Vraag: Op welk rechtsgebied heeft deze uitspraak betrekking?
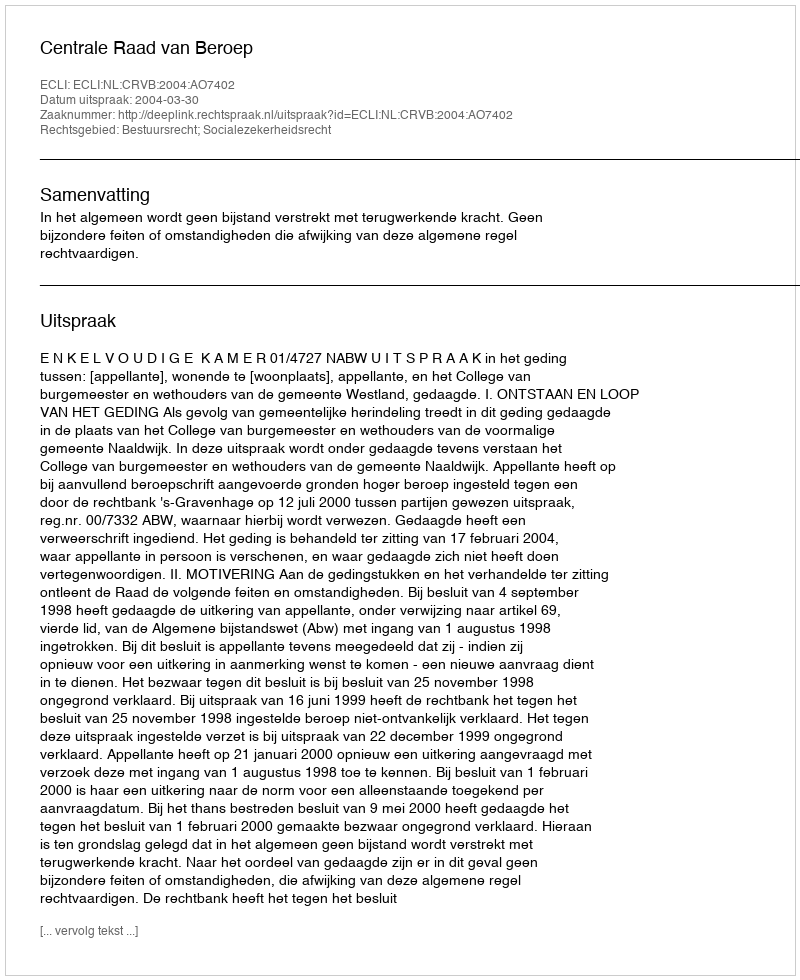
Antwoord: Bestuursrecht; Socialezekerheidsrecht